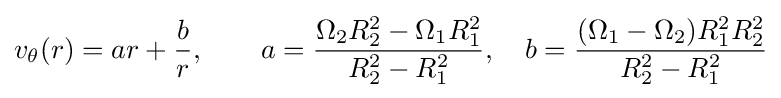
v_{\theta }(r)=ar+{\frac {b}{r}},\qquad a={\frac {\Omega _{2}R_{2}^{2}-\Omega _{1}R_{1}^{2}}{R_{2}^{2}-R_{1}^{2}}},\quad b={\frac {(\Omega _{1}-\Omega _{2})R_{1}^{2}R_{2}^{2}}{R_{2}^{2}-R_{1}^{2}}}